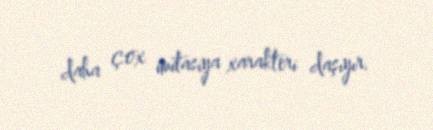
daha çox imitasiya xarakteri daşıyır.